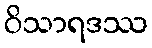
ဝိသာရဒဿ